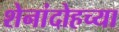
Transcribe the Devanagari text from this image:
शेनांदोहच्या